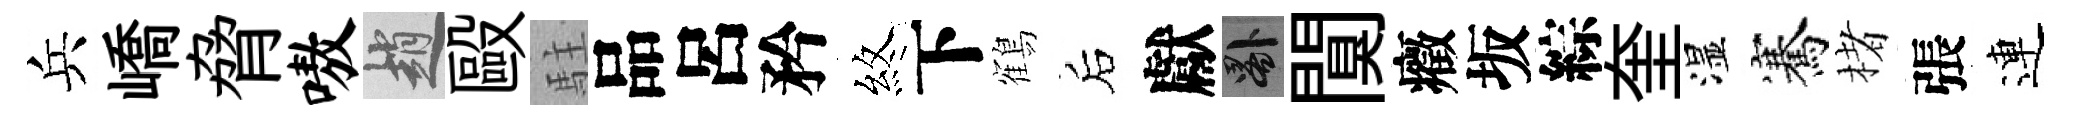
兵嶠脅嗷趙毆駐品呂矜煞下鶴后獻晷闃癥坂綜奎湿騫楮張連